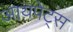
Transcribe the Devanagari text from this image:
आयपेट्स